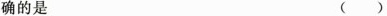
确的是 ( )